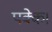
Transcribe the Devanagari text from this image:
पक्के।